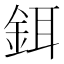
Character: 鉺